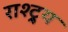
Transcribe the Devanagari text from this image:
राश्ट्र्य